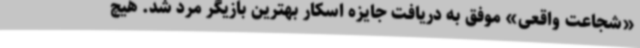
«شجاعت واقعی» موفق به دریافت جایزه اسکار بهترین بازیگر مرد شد. هیچ